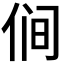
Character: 𰂋